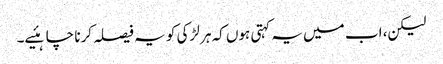
لیکن، اب میں یہ کہتی ہوں کہ ہر لڑکی کو یہ فیصلہ کرنا چاہئیے۔